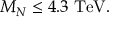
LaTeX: M _ { N } \leq 4 . 3 \; \mathrm { T e V } .